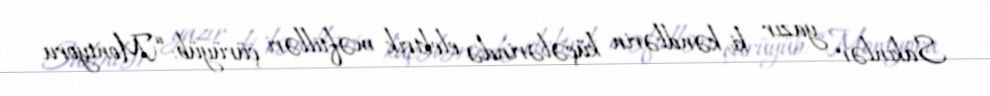
Sakinlər yazır ki, kəndlərin küçələrində elektrik məftilləri çürüyüb: “Montyoru